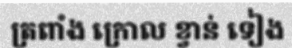
ត្រពាំង ក្រោល ខ្វាន់ ទៀង